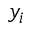
y _ { i }